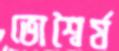
ভোশ্বৈর্য